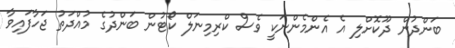
ބަންދުން ދޫކޮށްލި އެ އެންމެންނަކީ ވެސް ކްރިމިނަލް ކޯޓުން ބަންދުގެ މުއްދަތު ޖަހާފައިވާ